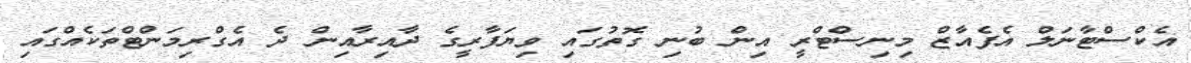
އެކްސްޓާނަލް އެފެއާޒް މިނިސްޓްރީ އިން ބުނި ގޮތުގައި ވިޔަފާރީގެ ދާއިރާއިން ދެ އެގްރިމަންޓްތަކެއްގައި